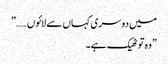
میں دوسری کہاں سے لائوں……”
”وہ تو ٹھیک ہے۔